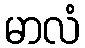
မာလံ